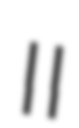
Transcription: II